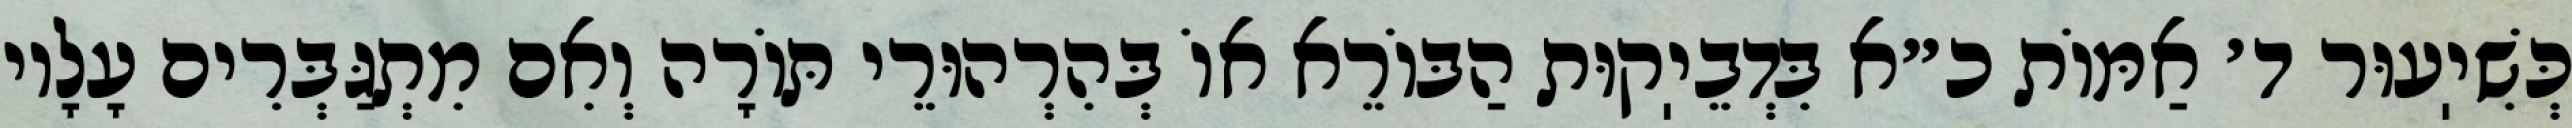
כְּשִׁיֽעוּר ד׳ אַמּוֹת כ״א בִּדְבֵיֽקוּת הַבּוֹרֵא אוֹ בְּהִרְהוּרֵי תּוֹרָה וְאִם מִתְגַּבְּרִים עָלָיו